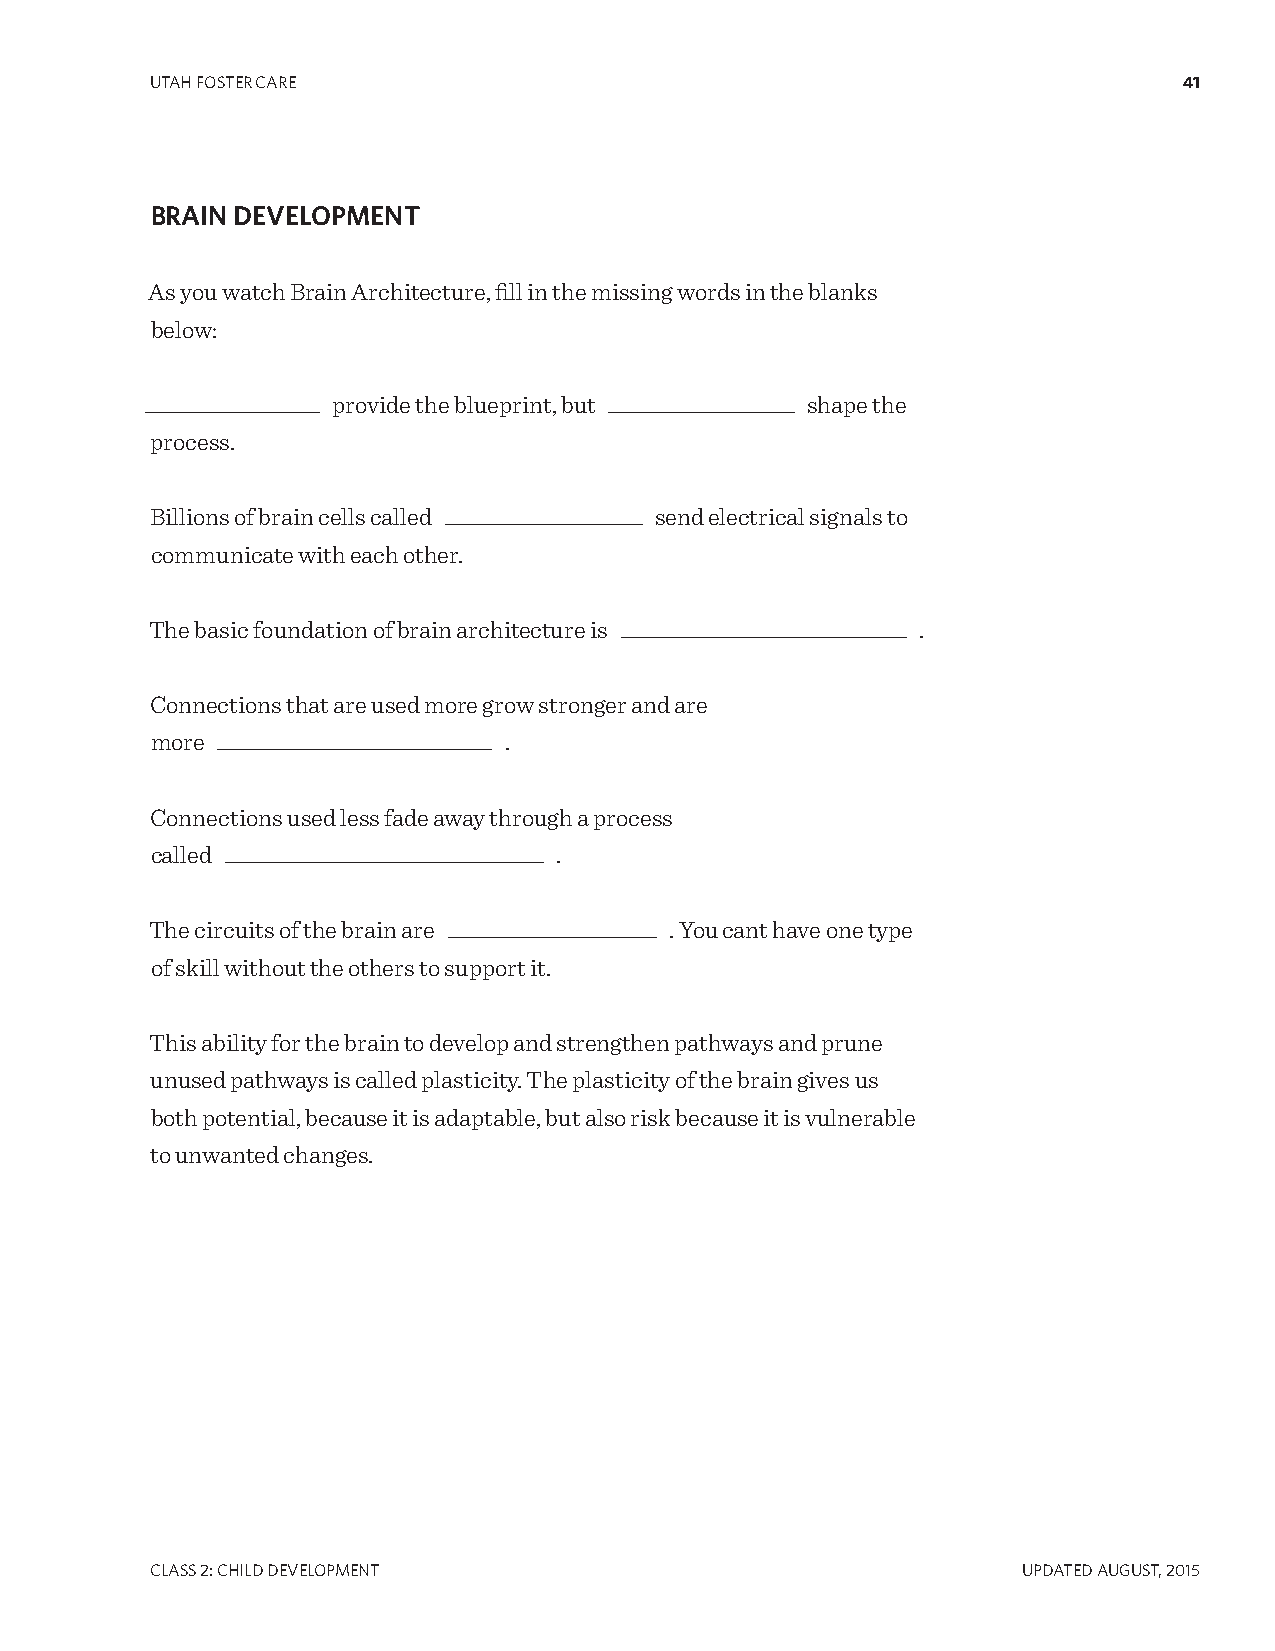
UTAH FOSTER CARE                                                    41
 BRAIN DEVELOPMENT
 As you watch Brain Architecture, fill in the missing words in the blanks
 below:
 ________________ provide the blueprint, but _________________ shape the
 process.
 Billions of brain cells called __________________ send electrical signals to
 communicate with each other.
 The basic foundation of brain architecture is __________________________ .
 Connections that are used more grow stronger and are
 more _________________________ .
 Connections used less fade away through a process
 called _____________________________ .
 The circuits of the brain are ___________________ . You cant have one type
 of skill without the others to support it.
 This ability for the brain to develop and strengthen pathways and prune
 unused pathways is called plasticity. The plasticity of the brain gives us
 both potential, because it is adaptable, but also risk because it is vulnerable
 to unwanted changes.
 CLASS 2: CHILD DEVELOPMENT                                UPDATED AUgUST, 2015